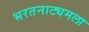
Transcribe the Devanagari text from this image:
भरतनाट्यमला